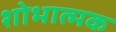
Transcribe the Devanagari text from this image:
शोभात्मक